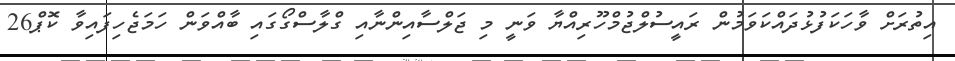
އިތުރަށް ވާހަކަފުޅުދައްކަވަމުން ރައީސުލްޖުމްހޫރިއްޔާ ވަނީ މި ޖަލްސާއިންނާއި ގްލާސްގޯގައި ބާއްވަން ހަމަޖެހިފައިވާ ކޮޕް26